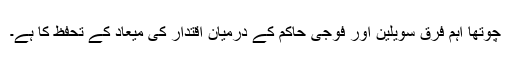
چوتھا اہم فرق سویلین اور فوجی حاکم کے درمیان اقتدار کی میعاد کے تحفظ کا ہے۔